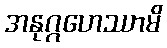
အနုဂ္ဂဟေဿာမိ